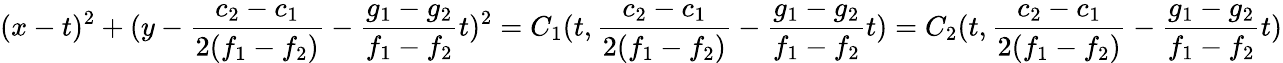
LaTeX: (x-t)^{2}+(y-\frac{c_{2}-c_{1}}{2(f_{1}-f_{2})}-\frac{g_{1}-g_{2}}{f_{1}-f_{2}}t)^{2}=C_{1}(t,\frac{c_{2}-c_{1}}{2(f_{1}-f_{2})}-\frac{g_{1}-g_{2}}{f_{1}-f_{2}}t)=C_{2}(t,\frac{c_{2}-c_{1}}{2(f_{1}-f_{2})}-\frac{g_{1}-g_{2}}{f_{1}-f_{2}}t)